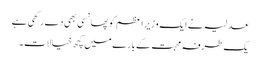
عدلیہ نے ایک وزیر اعظم کو پھانسی بھی دے رکھی ہے
یک طرفہ محبت کے بارے میں کچھ خیالات۔